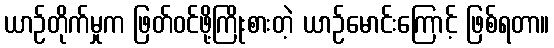
ယာဉ်တိုက်မှုက ဖြတ်ဝင်ဖို့ကြိုးစားတဲ့ ယာဉ်မောင်းကြောင့် ဖြစ်ရတာ။